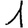
Digit: 1